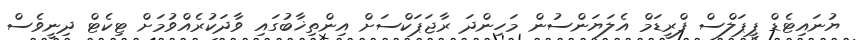
ޔުނައިޓެޑް ޕީޕަލްސް ފްރީޑަމް އެލަޔަންސުން މަހިންދަ ރާޖަޕަކްސަށް އިންތިޚާބުގައި ވާދަކުރެއްވުމަށް ޓިކެޓް ދިނީވެސް